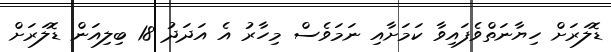
ޑޮލަރަށް ހިޔާނަތްވެފައިވާ ކަމަށާއި ނަމަވެސް މިހާރު އެ އަދަދު 18 ބިލިއަން ޑޮލަރަށް